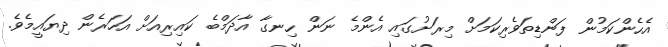
އެހެންކަމުން ފަންޑިތަވެރިކަމަށް މިރަށުގައި އެންމެ ނަން ހިނގާ އާދަމްބެ ކައިރިއަށް އަހަރެން ދިޔައީމެވެ.